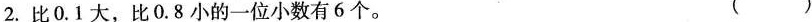
2.比0.1大，比0.8小的一位小数有6个。( )